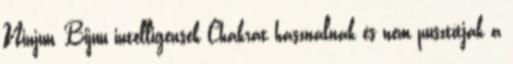
Ninjuu, Bijuu intelligensek Chakrát használnak és nem pusztítják a